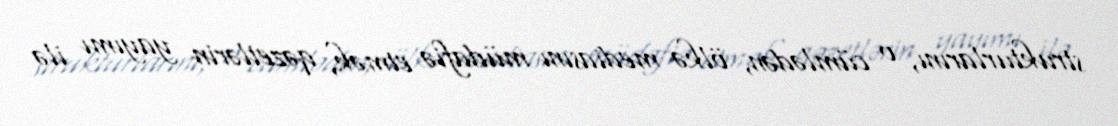
strukturlarını, o cümlədən, ölkə mediasını müdafiə etmək, qəzetlərin yayımı ilə